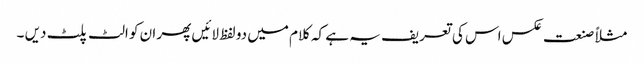
مثلاً صنعت عکس اس کی تعریف یہ ہے کہ کلام میں دو لفظ لائیں پھر ان کو الٹ پلٹ دیں ۔